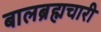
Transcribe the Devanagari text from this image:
बालब्रह्मचारी